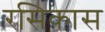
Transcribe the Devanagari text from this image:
रसिकास